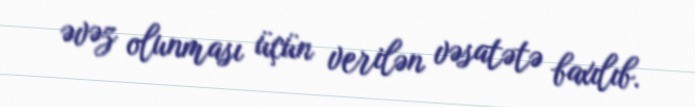
əvəz olunması üçün verilən vəsatətə baxılıb.